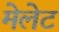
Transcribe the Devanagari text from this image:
मेलेट